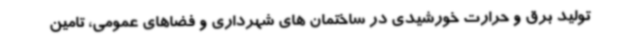
تولید برق و حرارت خورشیدی در ساختمان های شهرداری و فضاهای عمومی، تامین